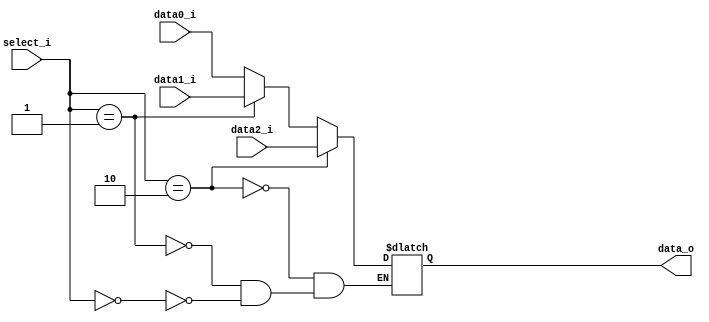
module ForwardMUX(
  input      [31:0] data0_i,
  input      [31:0] data1_i,
  input      [31:0] data2_i,
  input      [1:0]  select_i,
  output reg [31:0] data_o
);
always@(*) begin
  if(select_i == 2'b00) data_o = data0_i;
  if(select_i == 2'b01) data_o = data1_i;
  if(select_i == 2'b10) data_o = data2_i;
end

endmodule